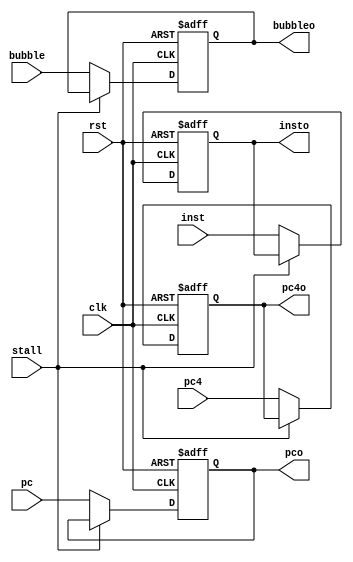
`timescale 1ns / 1ps
module IFID (
    output reg [31:0]pco,pc4o,insto,
    output reg bubbleo,
    input [31:0]pc,pc4,inst,
    input bubble,
    input clk,rst,stall
);
    always @(posedge clk, negedge rst) begin
        if(!rst)begin
            pco<=0;
            pc4o<=0;
            insto<=0;
            bubbleo<=0;
        end
        else begin
            if(stall)begin
                pco<=pco;
                pc4o<=pc4o;
                insto<=insto;
                bubbleo<=bubbleo;
            end else begin
                pco<=pc;
                pc4o<=pc4;
                insto<=inst;
                bubbleo<=bubble;
            end
        end
    end
endmodule